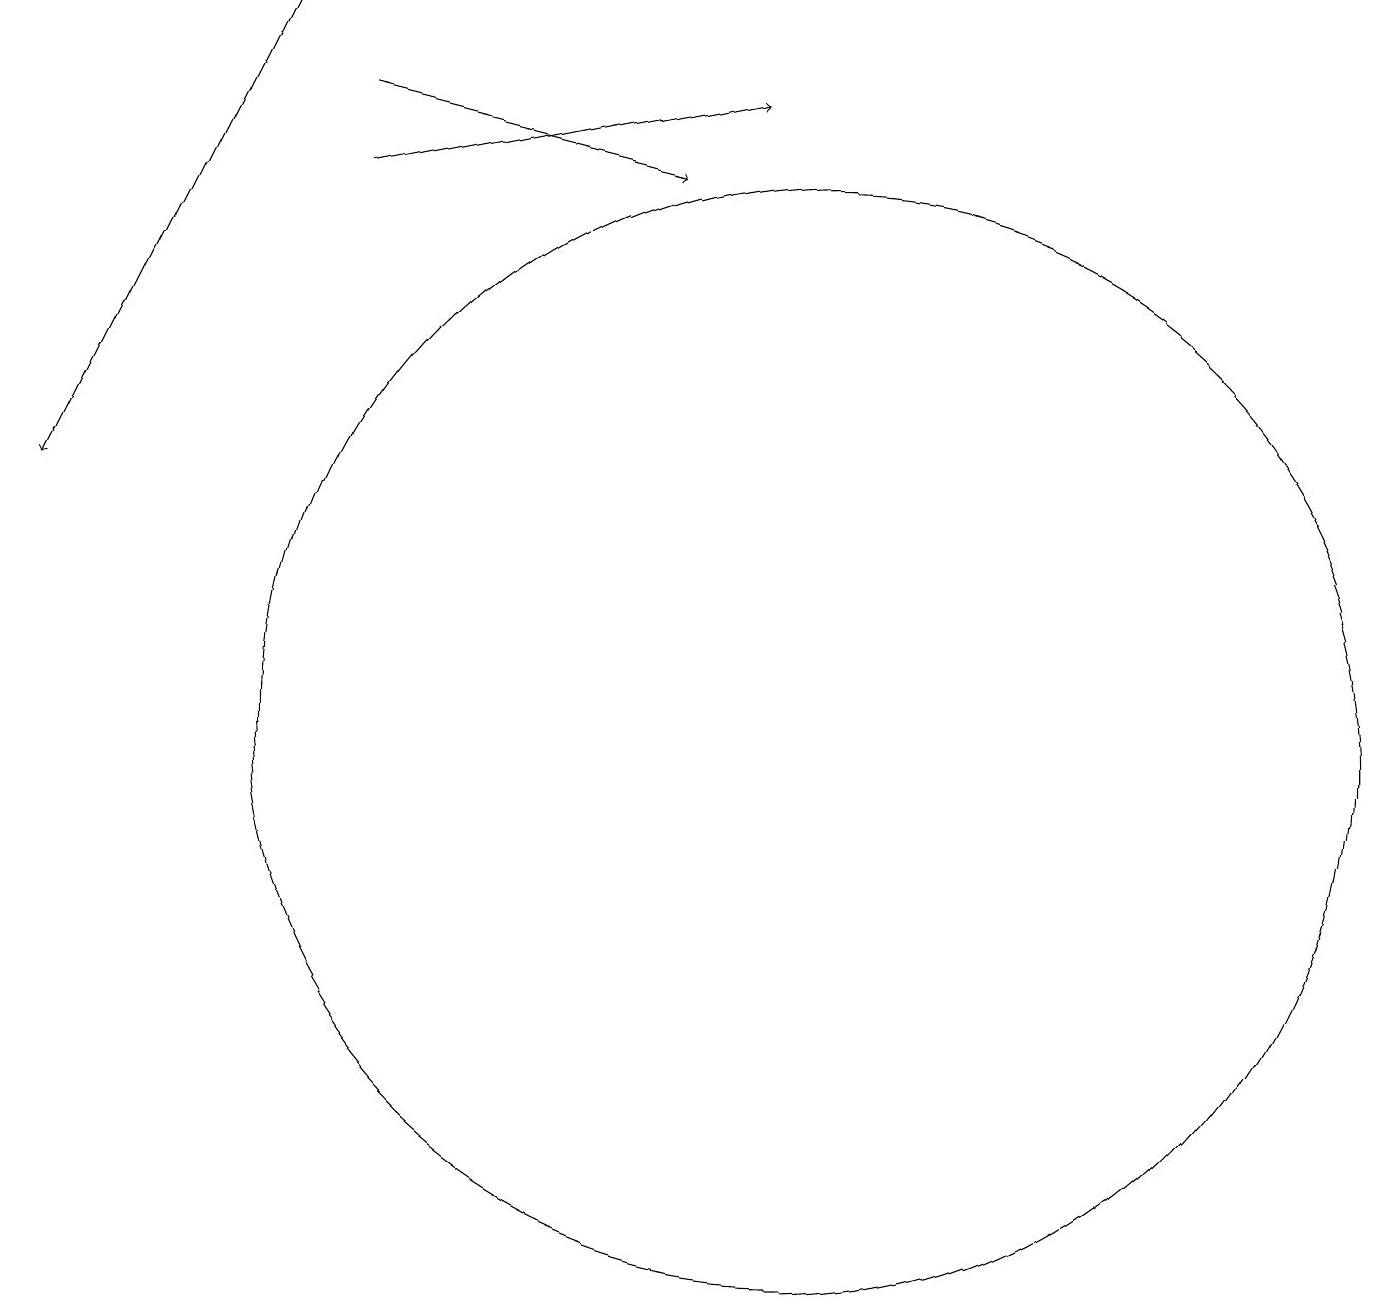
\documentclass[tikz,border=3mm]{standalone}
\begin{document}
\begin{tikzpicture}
\draw[->] (4,18) -- (8,17);
\draw[->] (4,17) -- (9,18);
\draw[->] (3,19) -- (0,13);
\draw (10,10) circle (7);
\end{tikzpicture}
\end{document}